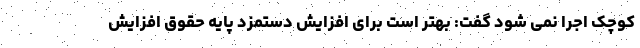
کوچک اجرا نمی شود گفت: بهتر است برای افزایش دستمزد پایه حقوق افزایش